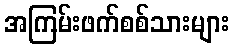
အကြမ်းဖက်စစ်သားများ